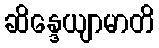
ဆိန္ဒေယျာမာတိ